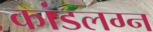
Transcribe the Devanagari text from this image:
कांडलग्न